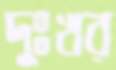
দুঃখর